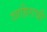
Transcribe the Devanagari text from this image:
शाहिराची